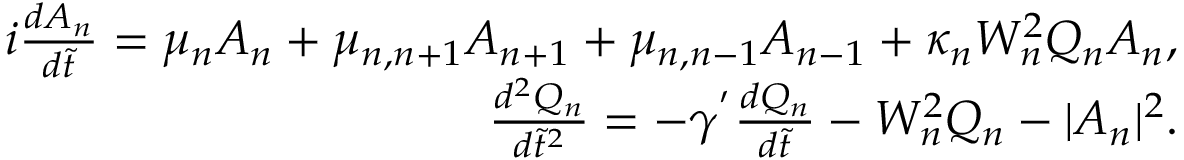
\begin{array} { r l r } & { } & { i \frac { d A _ { n } } { d \tilde { t } } = \mu _ { n } A _ { n } + \mu _ { n , n + 1 } A _ { n + 1 } + \mu _ { n , n - 1 } A _ { n - 1 } + \kappa _ { n } W _ { n } ^ { 2 } Q _ { n } A _ { n } , } \\ & { } & { \frac { d ^ { 2 } Q _ { n } } { d \tilde { t } ^ { 2 } } = - \gamma ^ { ' } \frac { d Q _ { n } } { d \tilde { t } } - W _ { n } ^ { 2 } Q _ { n } - | A _ { n } | ^ { 2 } . } \end{array}